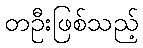
တဦးဖြစ်သည့်